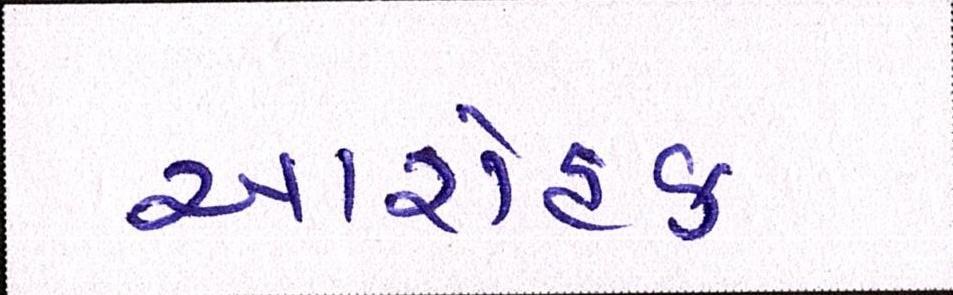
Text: આરોહક